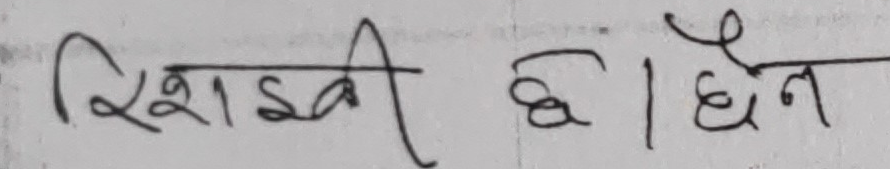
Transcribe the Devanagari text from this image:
रिशाई छ। धन